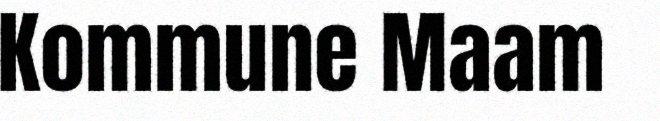
Kommune Maam